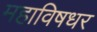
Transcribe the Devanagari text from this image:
महाविषधर